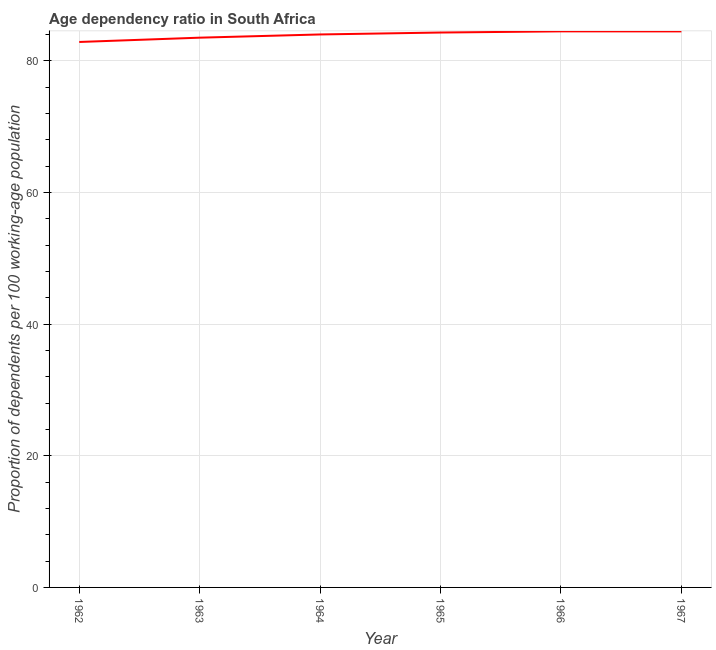
| Year | Age dependency ratio (% of working-age population) |
 | --- | --- |
 | 1962 | 82.9 |
 | 1963 | 83.5 |
 | 1964 | 84 |
 | 1965 | 84.3 |
 | 1966 | 84.5 |
 | 1967 | 84.5 |